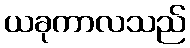
ယခုကာလသည်